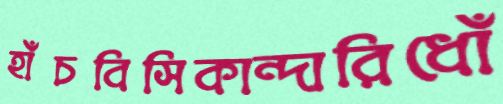
হাঁচবিসিকান্দারিধোঁ